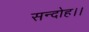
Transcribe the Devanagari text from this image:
सन्‍दोह।।